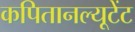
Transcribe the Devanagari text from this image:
कपितानल्यूटेंट